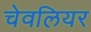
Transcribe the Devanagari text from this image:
चेवलियर